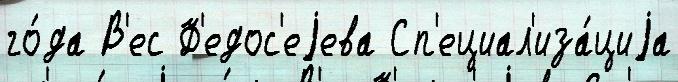
го́да В'ес Ф'едос'еjева Сп'ециал'иза́циjа